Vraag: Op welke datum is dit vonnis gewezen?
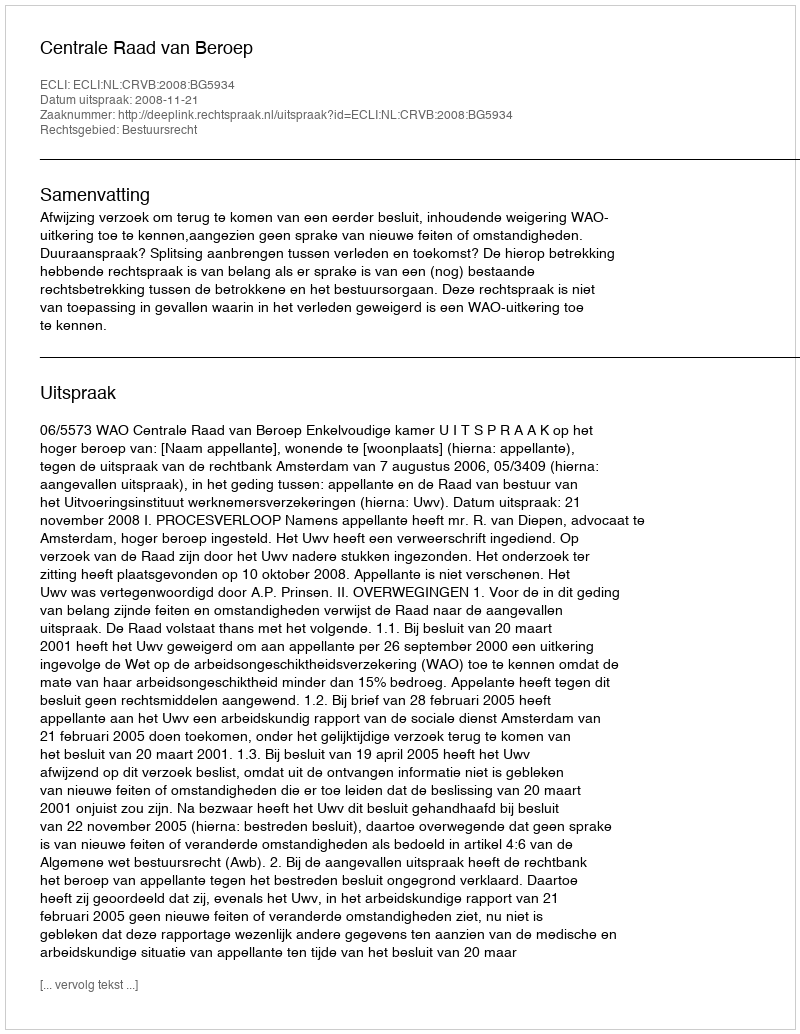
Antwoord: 2008-11-21